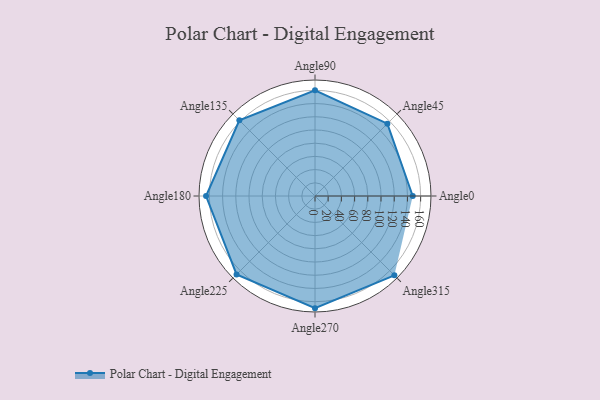
{"axis": {"x": "Angle", "y": "Radius"}, "legend": [""], "data": [{"x": "Angle0", "y": 148.0, "type": ""}, {"x": "Angle45", "y": 155.0, "type": ""}, {"x": "Angle90", "y": 160.0, "type": ""}, {"x": "Angle135", "y": 162.0, "type": ""}, {"x": "Angle180", "y": 165.0, "type": ""}, {"x": "Angle225", "y": 168.0, "type": ""}, {"x": "Angle270", "y": 170.0, "type": ""}, {"x": "Angle315", "y": 170, "type": ""}]}